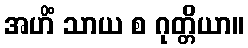
အဟိံ သာယ စ ဂုတ္တိယာ။